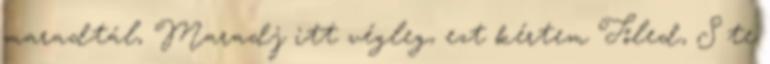
maradtál, Maradj itt végleg, ezt kértem Tőled, S te